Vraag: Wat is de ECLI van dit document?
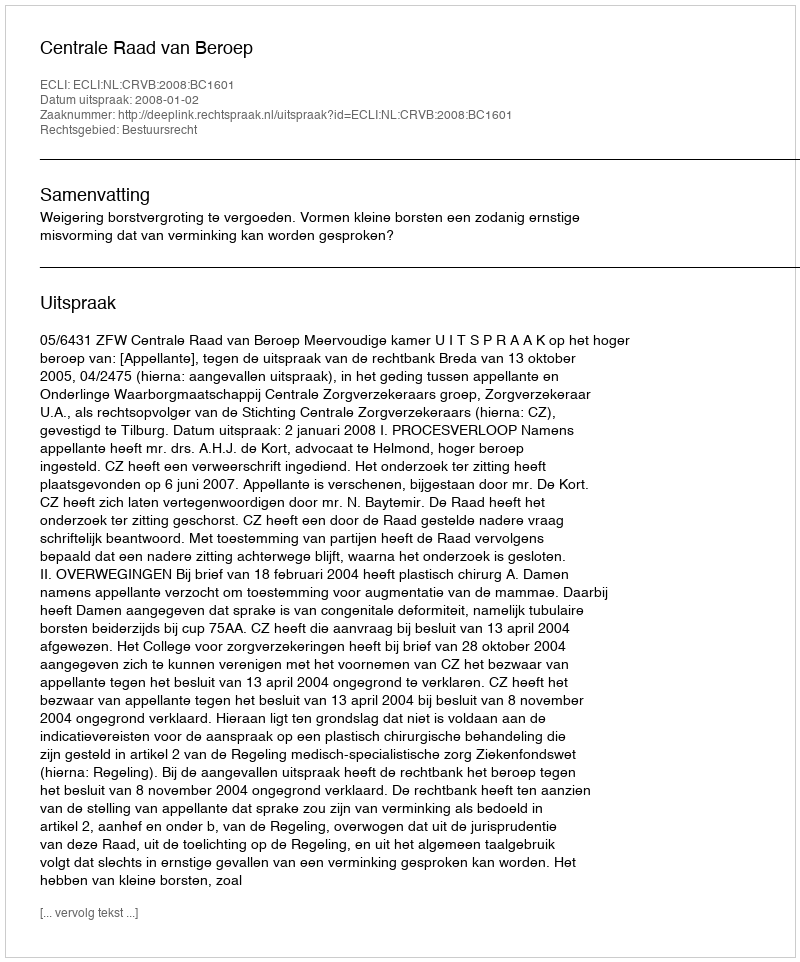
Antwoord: ECLI:NL:CRVB:2008:BC1601